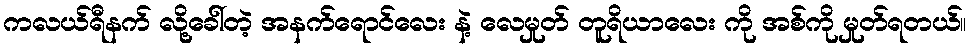
ကလယ်ရီနက် လို့ခေါ်တဲ့ အနက်ရောင်လေး နဲ့ လေမှုတ် တူရိယာလေး ကို အစ်ကို မှုတ်ရတယ်။